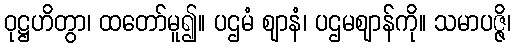
ဝုဋ္ဌဟိတွာ၊ ထတော်မူ၍။ ပဌမံ ဈာနံ၊ ပဌမဈာန်ကို။ သမာပဇ္ဇိ၊